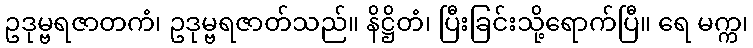
ဥဒုမ္ဗရဇာတကံ၊ ဥဒုမ္ဗရဇာတ်သည်။ နိဋ္ဌိတံ၊ ပြီးခြင်းသို့ရောက်ပြီ။ ရေ မက္က၊